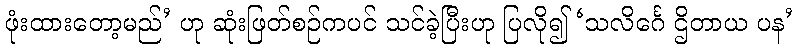
ဖုံးထားတော့မည်’ ဟု ဆုံးဖြတ်စဉ်ကပင် သင်ခဲ့ပြီးဟု ပြလို၍ ‘သလိင်္ဂေ ဌိတာယ ပန’